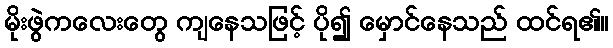
မိုးဖွဲကလေးတွေ ကျနေသဖြင့် ပို၍ မှောင်နေသည် ထင်ရ၏။